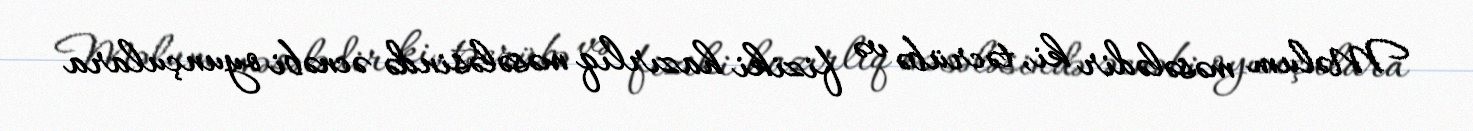
Məlum məsələdir ki, təcrübə və fiziki hazırlıq məsələsində əcnəbi oyunçulara